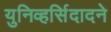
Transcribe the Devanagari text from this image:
युनिव्हर्सिदादने